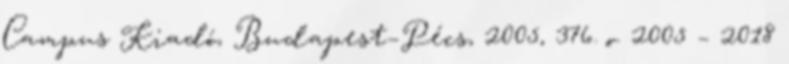
Campus Kiadó, Budapest–Pécs, 2005, 376. o. 2005 – 2018